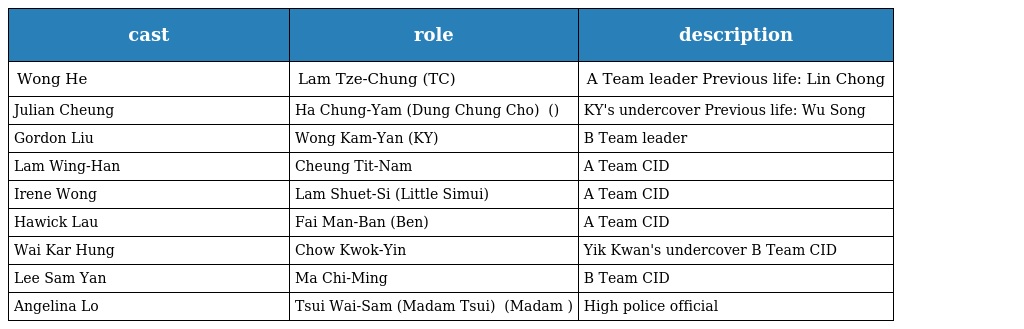
| cast | role | description |
 | --- | --- | --- |
 | Wong He | Lam Tze-Chung (TC) 林子聰 | A Team leader Previous life: Lin Chong |
 | Julian Cheung | Ha Chung-Yam (Dung Chung Cho) 夏松蔭 (冬蟲草) | KY's undercover Previous life: Wu Song |
 | Gordon Liu | Wong Kam-Yan (KY) 黃錦仁 | B Team leader |
 | Lam Wing-Han | Cheung Tit-Nam 張鐵男 | A Team CID |
 | Irene Wong | Lam Shuet-Si (Little Simui) 林雪詩 | A Team CID |
 | Hawick Lau | Fai Man-Ban (Ben) 費文斌 | A Team CID |
 | Wai Kar Hung | Chow Kwok-Yin 周國賢 | Yik Kwan's undercover B Team CID |
 | Lee Sam Yan | Ma Chi-Ming 馬志明 | B Team CID |
 | Angelina Lo | Tsui Wai-Sam (Madam Tsui) 徐慧心 (Madam 徐) | High police official |